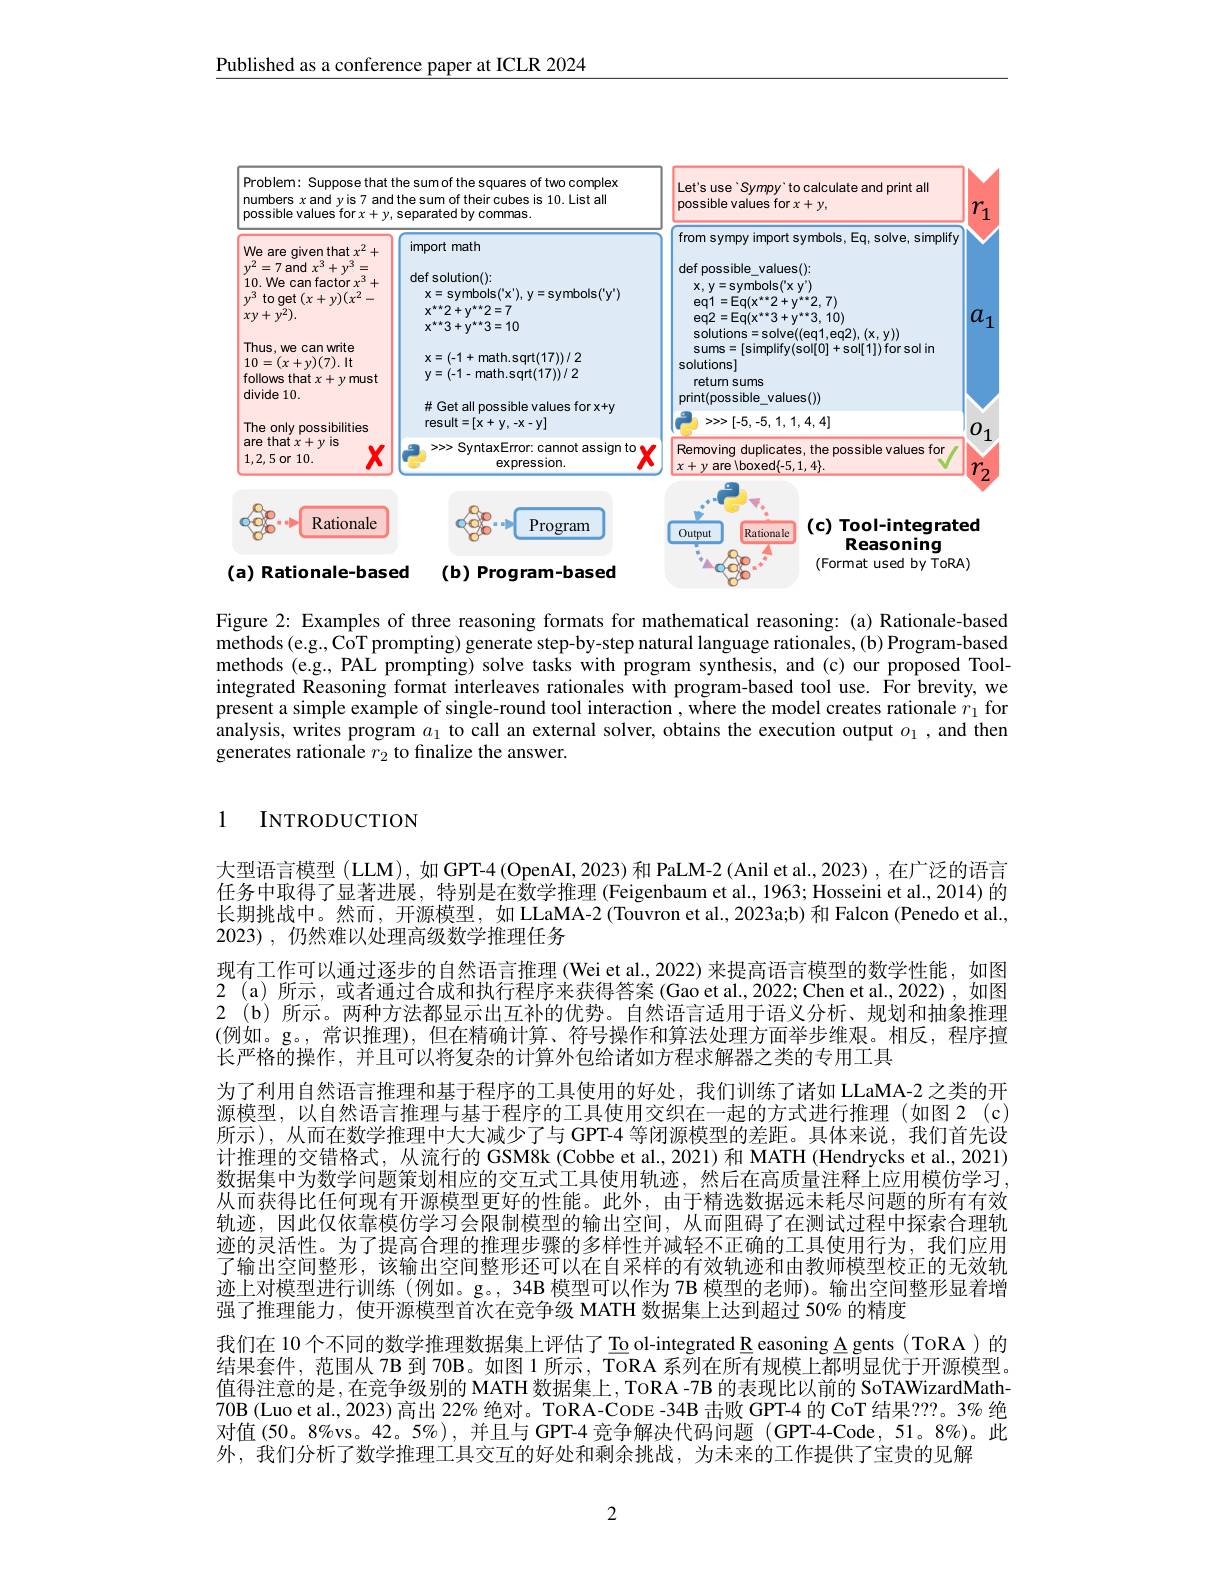
Published as a conference paper at ICLR 2024

<FigureHere>

Figure 2: Examples of three reasoning formats for mathematical reasoning: (a) Rationale-based methods (e.g., CoT prompting) generate step-by-step natural language rationales, (b) Program-based methods (e.g., PAL prompting) solve tasks with program synthesis, and (c) our proposed Toolintegrated Reasoning format interleaves rationales with program-based tool use. For brevity, we present a simple example of single-round tool interaction , where the model creates rationale $r_1$ for analysis, writes program $a_1$ to call an external solver, obtains the execution output $o_1$, and then generates rationale $r_2$ to finalize the answer.

1 INTRODUCTION

大型语言模型 (LLM), 如 GPT-4 (OpenAI, 2023) 和 PaLM-2 (Anil et al., 2023) , 在广泛的语言任务中取得了显著进展，特别是在数学推理 (Feigenbaum et al., 1963; Hosseini et al., 2014) 的长期挑战中。然而，开源模型，如 LLaMA-2 (Touvron et al., 2023a;b) 和 Falcon (Penedo et al., 2023) ,仍然难以处理高级数学推理任务
现有工作可以通过逐步的自然语言推理 (Wei et al., 2022) 来提高语言模型的数学性能，如图2 (a)所示，或者通过合成和执行程序来获得答案 (Gao et al.,2022;Chen et al.,2022),如图2(b)所示。两种方法都显示出互补的优势。自然语言适用于语义分析、规划和抽象推理(例如。g。, 常识推理), 但在精确计算、符号操作和算法处理方面举步维艰。相反，程序擅长严格的操作，并且可以将复杂的计算外包给诸如方程求解器之类的专用工具
为了利用自然语言推理和基于程序的工具使用的好处，我们训练了诸如 LLaMA-2 之类的开源模型，以自然语言推理与基于程序的工具使用交织在一起的方式进行推理(如图2 (c 所示),从而在数学推理中大大减少了与 GPT-4 等闭源模型的差距。具体来说，我们首先设计推理的交错格式，从流行的 GSM8k (Cobbe et al., 2021)和 MATH (Hendrycks et al., 2021) 数据集中为数学问题策划相应的交互式工具使用轨迹，然后在高质量注释上应用模仿学习， 从而获得比任何现有开源模型更好的性能。此外，由于精选数据远未耗尽问题的所有有效轨迹，因此仅依靠模仿学习会限制模型的输出空间，从而阻碍了在测试过程中探索合理轨迹的灵活性。为了提高合理的推理步骤的多样性并减轻不正确的工具使用行为，我们应用了输出空间整形，该输出空间整形还可以在自采样的有效轨迹和由教师模型校正的无效轨迹上对模型进行训练 (例如。g。, 34B 模型可以作为 7B 模型的老师)。输出空间整形显着增强了推理能力，使开源模型首次在竞争级 MATH 数据集上达到超过 50% 的精度
我们在 10 个不同的数学推理数据集上评估了 To ol-integrated R easoning A gents (ToRA )的结果套件，范围从 7B 到 70B。如图 1 所示，ToRA 系列在所有规模上都明显优于开源模型。值得注意的是，在竞争级别的 MATH 数据集上，ToRA -7B 的表现比以前的 SoTAWizardMath- 70B (Luo et al., 2023) 高出 22% 绝对。TORA-CODE -34B 击败 GPT-4 的 CoT 结果？??。3% 绝对值(50。8%vs。42。5%),并且与GPT-4 竞争解决代码问题 (GPT-4-Code,51。8%)。此外，我们分析了数学推理工具交互的好处和剩余挑战，为未来的工作提供了宝贵的见解

2